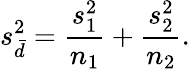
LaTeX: s_{\bar{d}}^{2}={\frac{s_{1}^{2}}{n_{1}}}+{\frac{s_{2}^{2}}{n_{2}}}.